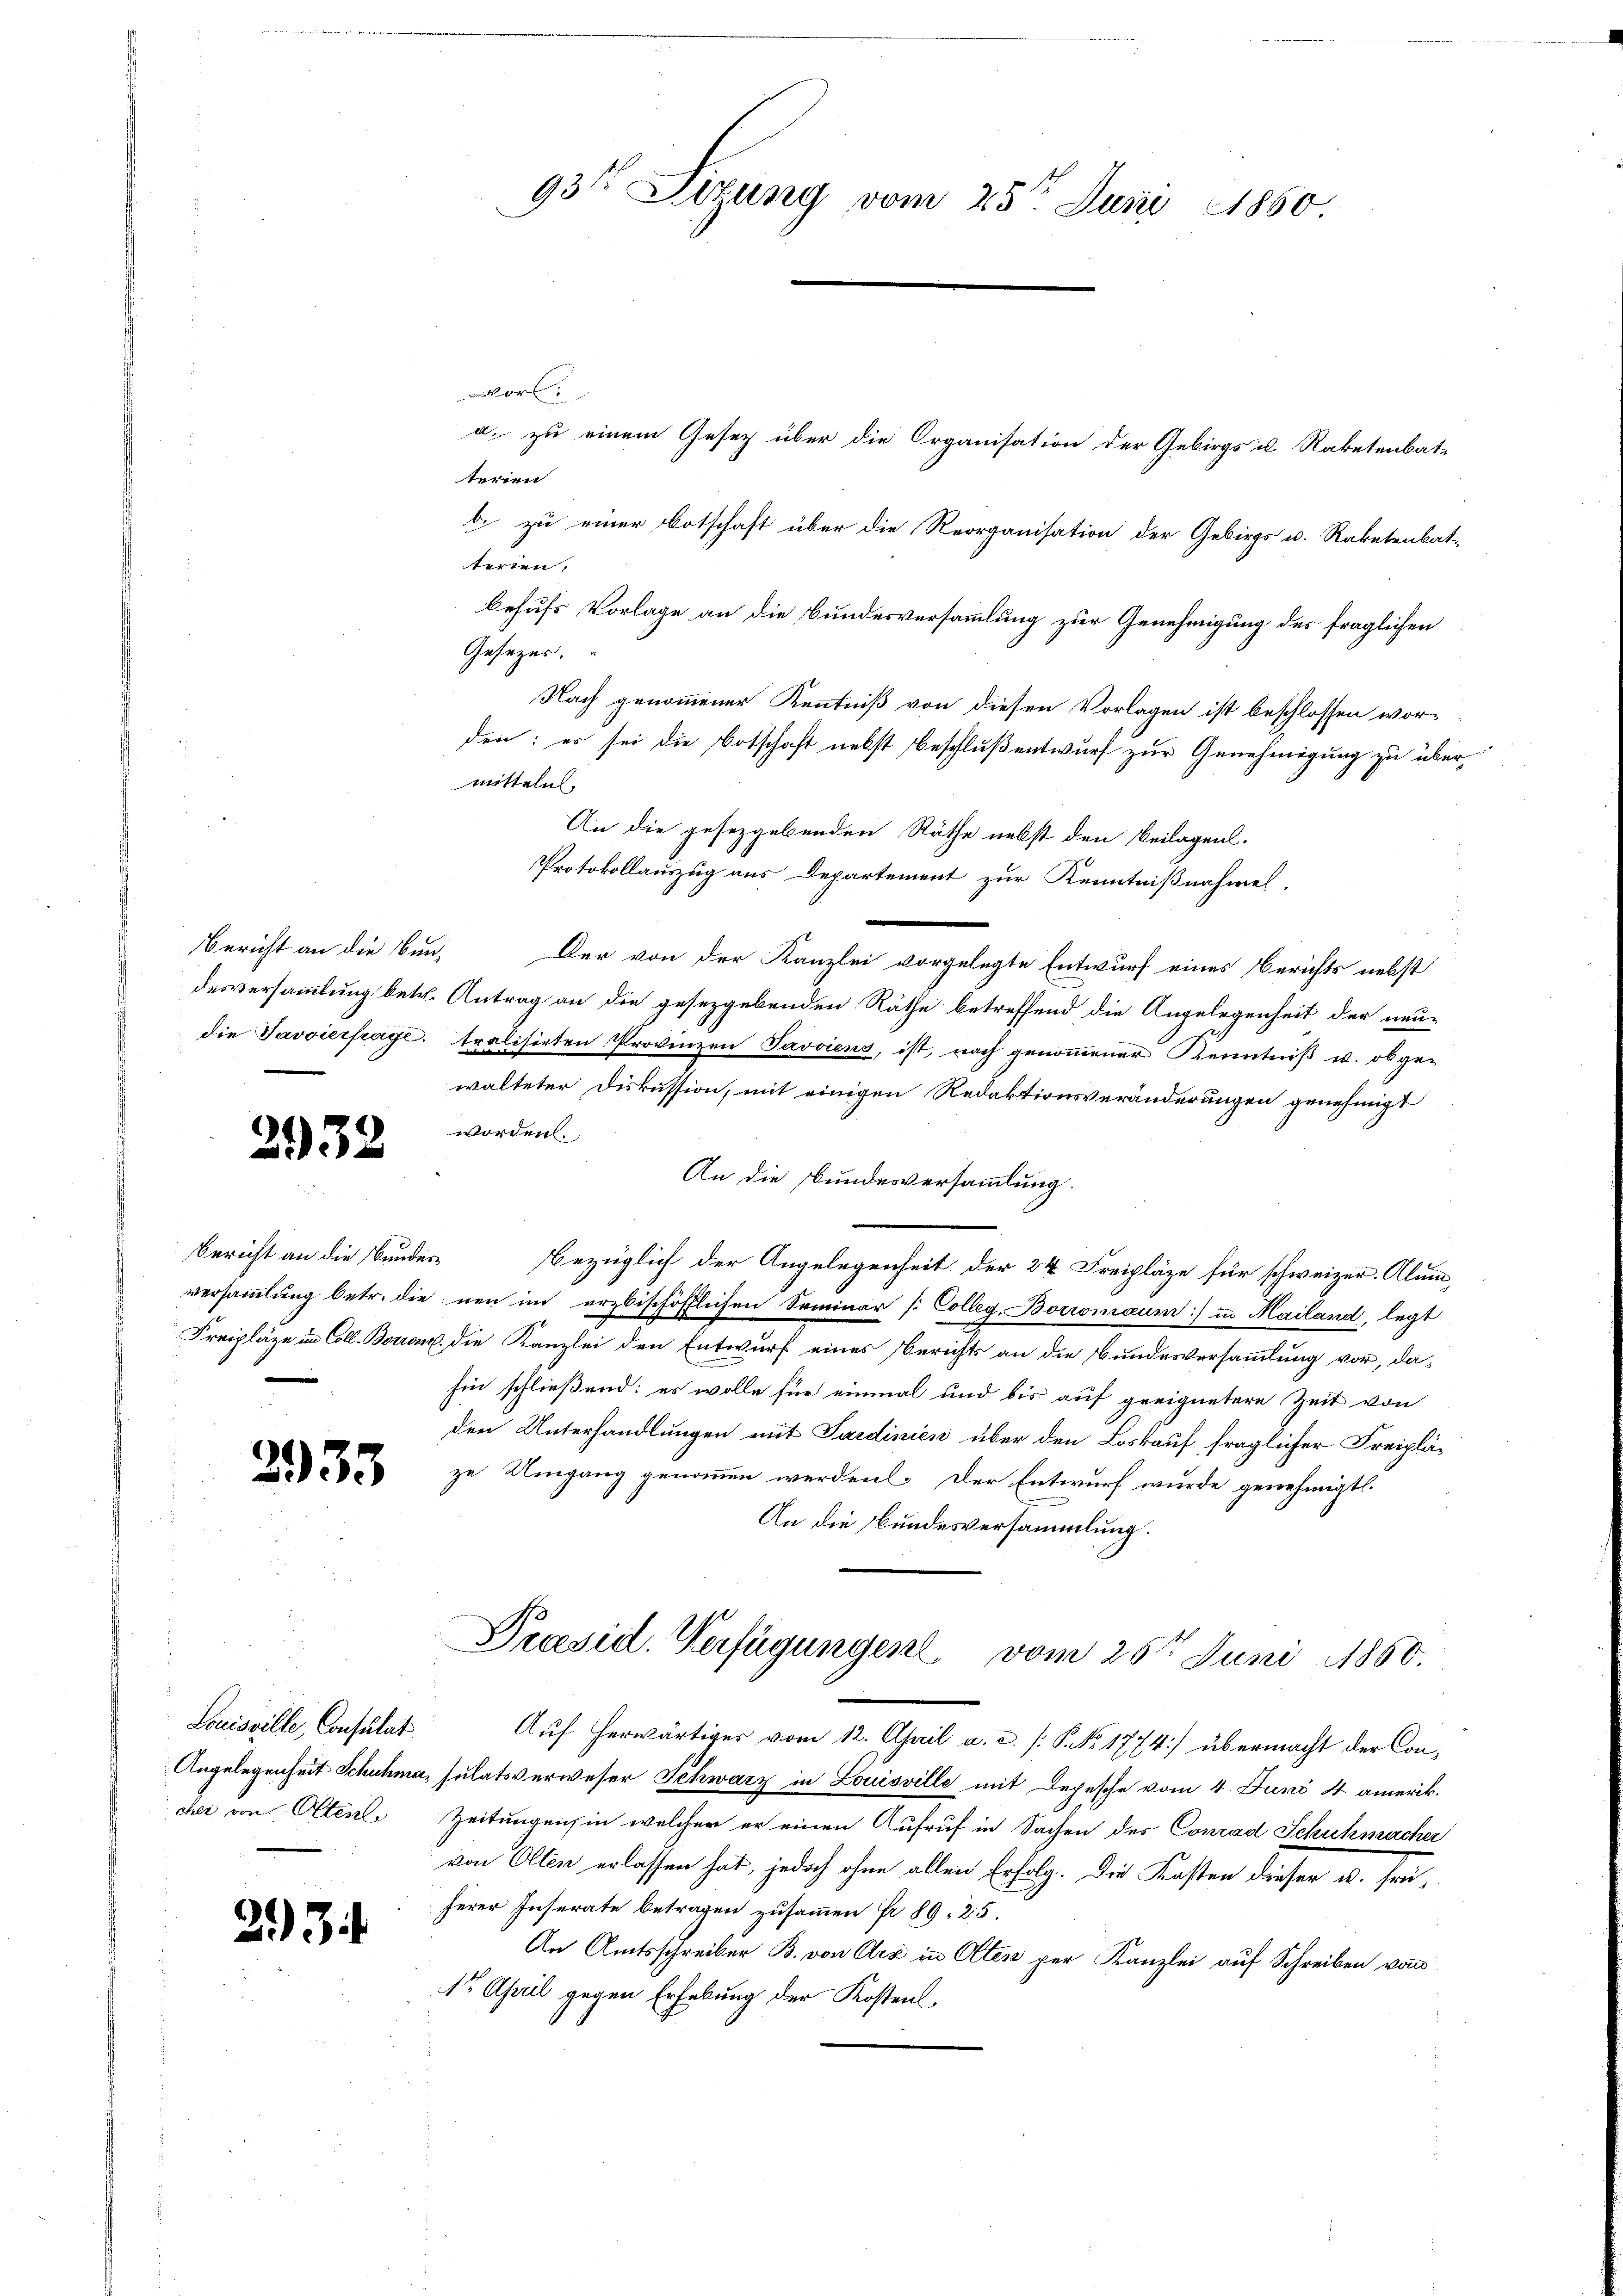
Bericht an die Bun-

2932

Bericht an die Bundes¬
Freipläge in Coll. Borien

235

Louisville, Consulat
cher von Ottenle

234

93te Sizung vom 25t Juni 1860.

a. zu einem Gesuch über die Organisation der Gebirgs in Raketenbat-
terien
b. zu einer Botschaft über die Reorganisation der Gebirgs u. Raketenbat-
terten.
behufs Vorlage an die Bundesversammlung zur Genehmigung des fraglichen
Gesetzes.
Nach genommener Kenntniß von diesen Vorlagen ist beschlossen wor-
den: es sei die Botschaft nebst beschluß entwurf zur Genehmigung zu übermitteln.
An die gesetzgebenden Räthe nebst den Beilagen.
Protokollauszug aus Departement zur Kenntnißnahmel,
Der von der Kanzlei vorgelegte Entwurf eines Berichts nebst
desversammlung betr. Antrag an die gesetzgebenden Räthe betreffend die Angelegenheit der neu-
die Javvierfrage tralisirten Provinzen Pavviens, ist, nach genommener Kenntniß u. obge-
walteter Diskussion, mit einigen Redaktionsveränderungen genehmigt
worden.
An die Bundesversammlung.
bezüglich der Angelegenheit der 24. Freipläze für schweizer. Alum,
versammlung betr. die neu im erzbischöfflichen Seminar /: Colleg. Boromaum:/ in Mailand, legt
. die Kanzlei den Entwurf eines Berichts an die Bundesversammlung vor, dahin schließend: es wolle für einmal und bis auf geeignetere Zeit von
den Unterhandlungen mit Sardinien über den Loskauf fraglicher Freipläze Umgang genommen werden. Der Entwurf wurde genehmigt.
An die Bundesversammlung.
Praesid. Verfügungen vom 25t Juni 1850.
Auf herwärtiges vom 12. April a. a. s. S. No 1774) übermacht der Con¬
Angelegenheit Schuhma, sulatsverweser Schwarz in Louisville mit Depesche vom 4. Juni 4 amerik¬
Zeitungen, in welcher er einen Aufruf in Sachen des Conrad Schuhmacher
von Olten erlassen hat, jedoch ohne allen Erfolg. Die Kosten dieser u. früherer Inserate betragen zusammen fr. 89. 25.
An Amtsschreiber B. von Ais in Olten per Kanzlei auf Schreiben von
1t April gegen Erhebung der Kostens,